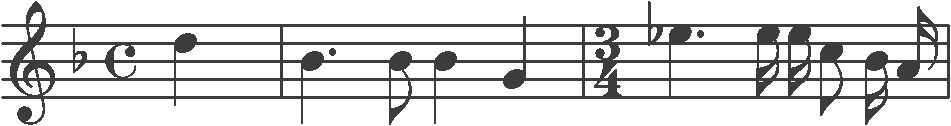
Transcription: clef-G2 keySignature-FM timeSignature-C note-D5_quarter barline note-Bb4_quarter. note-Bb4_eighth note-Bb4_quarter note-G4_quarter barline timeSignature-3/4 note-Eb5_quarter. note-E5_sixteenth note-E5_sixteenth note-C5_eighth note-Bb4_sixteenth note-A4_sixteenth barline